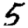
Digit: 5